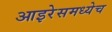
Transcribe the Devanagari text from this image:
आइरेसमध्येच